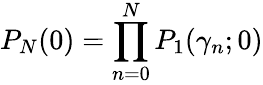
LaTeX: P_{N}(0)=\prod_{n=0}^{N}P_{1}(\gamma_{n};0)